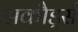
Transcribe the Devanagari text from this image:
अकौर्ड्स